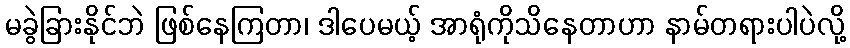
မခွဲခြားနိုင်ဘဲ ဖြစ်နေကြတာ၊ ဒါပေမယ့် အာရုံကိုသိနေတာဟာ နာမ်တရားပါပဲလို့